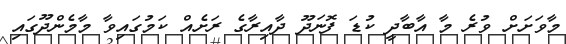
މާވަށަށް ވުރެ މާ އާބާދީ ކުޑަ ފޮނަދޫ ދާއިރާގެ ރަށެއް ކަމުގައިވާ މާމެންދޫގައި